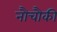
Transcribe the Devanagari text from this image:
नौचौकी